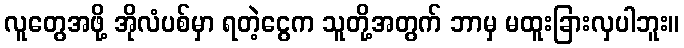
လူတွေအဖို့ အိုလံပစ်မှာ ရတဲ့ငွေက သူတို့အတွက် ဘာမှ မထူးခြားလှပါဘူး။